Annual report of the Imperial Bacteriologist
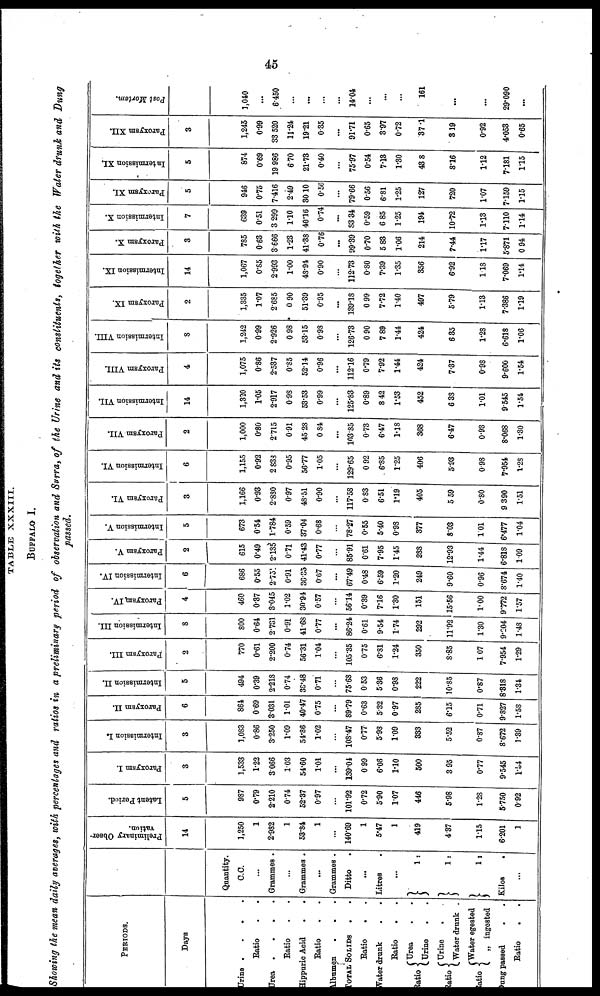
TABLE XXXIII.
BUFFALO I.
Showing the mean daily averages, with percentages and ratios in a preliminary period of observation and Surra, of the Urine and its constituents, together with the Water drunk and Dung
passed.
PERIODS.
Days
Urine .
.
.
Ratio
.
.
Urea .
.
.
.
Ratio
Hippuric Acid
.
.
Ratio
.
Albumen
.
.
TOTAL SOLIDS
.
Ratio
.
Water drunk
.
.
Ratio
Urea
.
Ratio {
Urine
.
Urine
.
Ratio {
Water drunk .
Water egested
Ratio {
„ ingested
Dung passed
Ratio
.
.
Quantity.
C.C.
...
Grammes .
...
Grammes .
...
Grammes .
Ditto
...
Litres
...
}
1:
1:
Kilos
.
...
Preliminary Obser-
vation.
14
1,250
1
2.982
1
53.84
1
...
140.69
1
5.47
1
419
4.37
1.15
6.201
1
Latent Period.
5
987
0.79
2.210
0.74
52.37
0.97
...
101.92
0.72
5.90
1.07
446
5.98
1.28
5.750
0.92
Paroxysm I.
3
1,533
1.22
3.066
1.03
54.60
1.01
...
139.04
0.99
6.06
1.10
500
3.95
0.77
9.545
1.54
Intermission I.
3
1,083
0.86
3.250
1.09
54.86
1.02
...
108.47
0.77
5.98
1.09
333
5.52
0.87
8.672
1.39
Paroxysm II.
6
864
0.69
3.031
1.01
40.47
0.75
...
89.79
0.63
5.32
0.97
285
6.15
0.71
9.827
1.58
Intermission II.
5
494
0.39
2.218
0.74
38.48
0.71
...
75.68
0.53
5.36
0.98
222
10.85
0.87
8.318
1.34
Paroxysm III.
2
770
0.61
2.200
0.74
56.31
1.04
...
105.35
0.75
6.81
1.24
350
8.85
1.07
7.954
1.29
Intermission III.
8
800
0.64
2.731
0.91
41.68
0.77
...
86.24
0.61
9.54
1.74
292
11.92
1.30
9.204
1.48
Paroxysm. IV.
4
460
0.37
3.045
1.02
30.94
0.57
...
56.14
0.39
7.16
1.30
151
15.56
1.00
9.772
1.57
Intermission IV.
6
686
0.55
2.73
0.91
36.35
0.67
...
67.49
0.48
6.59
1.20
249
9.60
0.96
3.674
1.40
Paroxysm V.
2
615
0.49
2.135
0.71
41.43
0.77
...
85.91
0.61
7.95
1.45
288
12.93
1.44
6.818
1.09
Intermission V.
5
673
0.54
1.784
0.59
37.04
0.68
...
78.27
0.55
5.40
0.98
377
8.03
1.01
6.477
1.04
Paroxysm VI.
3
1,166
0.93
2.880
0.97
48.51
0.90
...
117.58
0.83
6.51
1.19
405
5.59
0.80
9.390
1.51
Intermission VI.
6
1,155
0.92
2.833
0.95
56.77
1.05
...
129.65
0.92
6.85
1.25
406
5.93
0.98
7.954
1.28
Paroxysm VII.
2
1,000
0.80
2.715
0.91
45.28
0.84
...
103.85
0.73
6.47
1.18
368
6.47
0.93
8.068
1.30
Intermission VII.
14
1,320
1.05
2.917
0.98
53.53
0.99
...
125.83
0.89
8 42
1.53
452
6.38
1.01
9.545
1.54
Paroxysm VIII.
4
1,075
0.86
2.537
0.85
52.14
0.96
...
112.16
0.79
7.92
1.44
424
7.37
0.98
9.600
1.54
Intermission VIII.
8
1,242
0.99
2.926
0.98
53.15
0.98
...
126.73
0.90
7.89
1.44
424
6.35
1.28
6.618
1.06
Paroxysm IX.
2
1,335
1.07
2.685
0.90
51.39
0.95
...
139.18
0.99
7.72
1.40
497
5.79
1.13
7.386
1.19
Intermission IX.
14
1,067
0.85
2.993
1.00
48.94
0.90
...
112.73
0.80
7.39
1.35
356
6.92
118
7.069
1.14
Paroxysm X.
3
785
0.63
3.666
1.23
41.38
0.76
...
99.89
0.70
5.83
1.06
214
7.44
1.17
5.871
0.94
Intermission X.
7
639
0.51
3.299
1.10
40.16
0.74
...
83.34
0.59
6.85
1.25
194
10.72
1.13
7.110
1.14
Paroxysm XI.
5
946
0.75
7.416
2.49
30.10
0.56
...
79.66
0.56
6.81
1.25
127
720
1.07
7.159
1.15
Intermission XI.
5
874
0.69
19.986
6.70
21.73
0.40
...
75.97
0.54
7.13
1.30
438
8.16
1.12
7.181
1.15
Paroxysm XII.
3
1,245
0.99
33.520
11.24
19.21
0.35
...
91.71
0.65
3.97
0.72
37.1
3 19
0.92
4.053
0.65
Post Mortem.
1,040
...
6.450
...
...
...
...
14.04
...
...
...
161
...
29.090
...